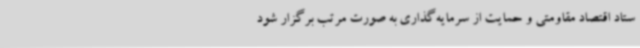
ستاد اقتصاد مقاومتی و حمایت از سرمایه‌گذاری به صورت مرتب برگزار شود